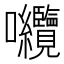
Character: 𭍘